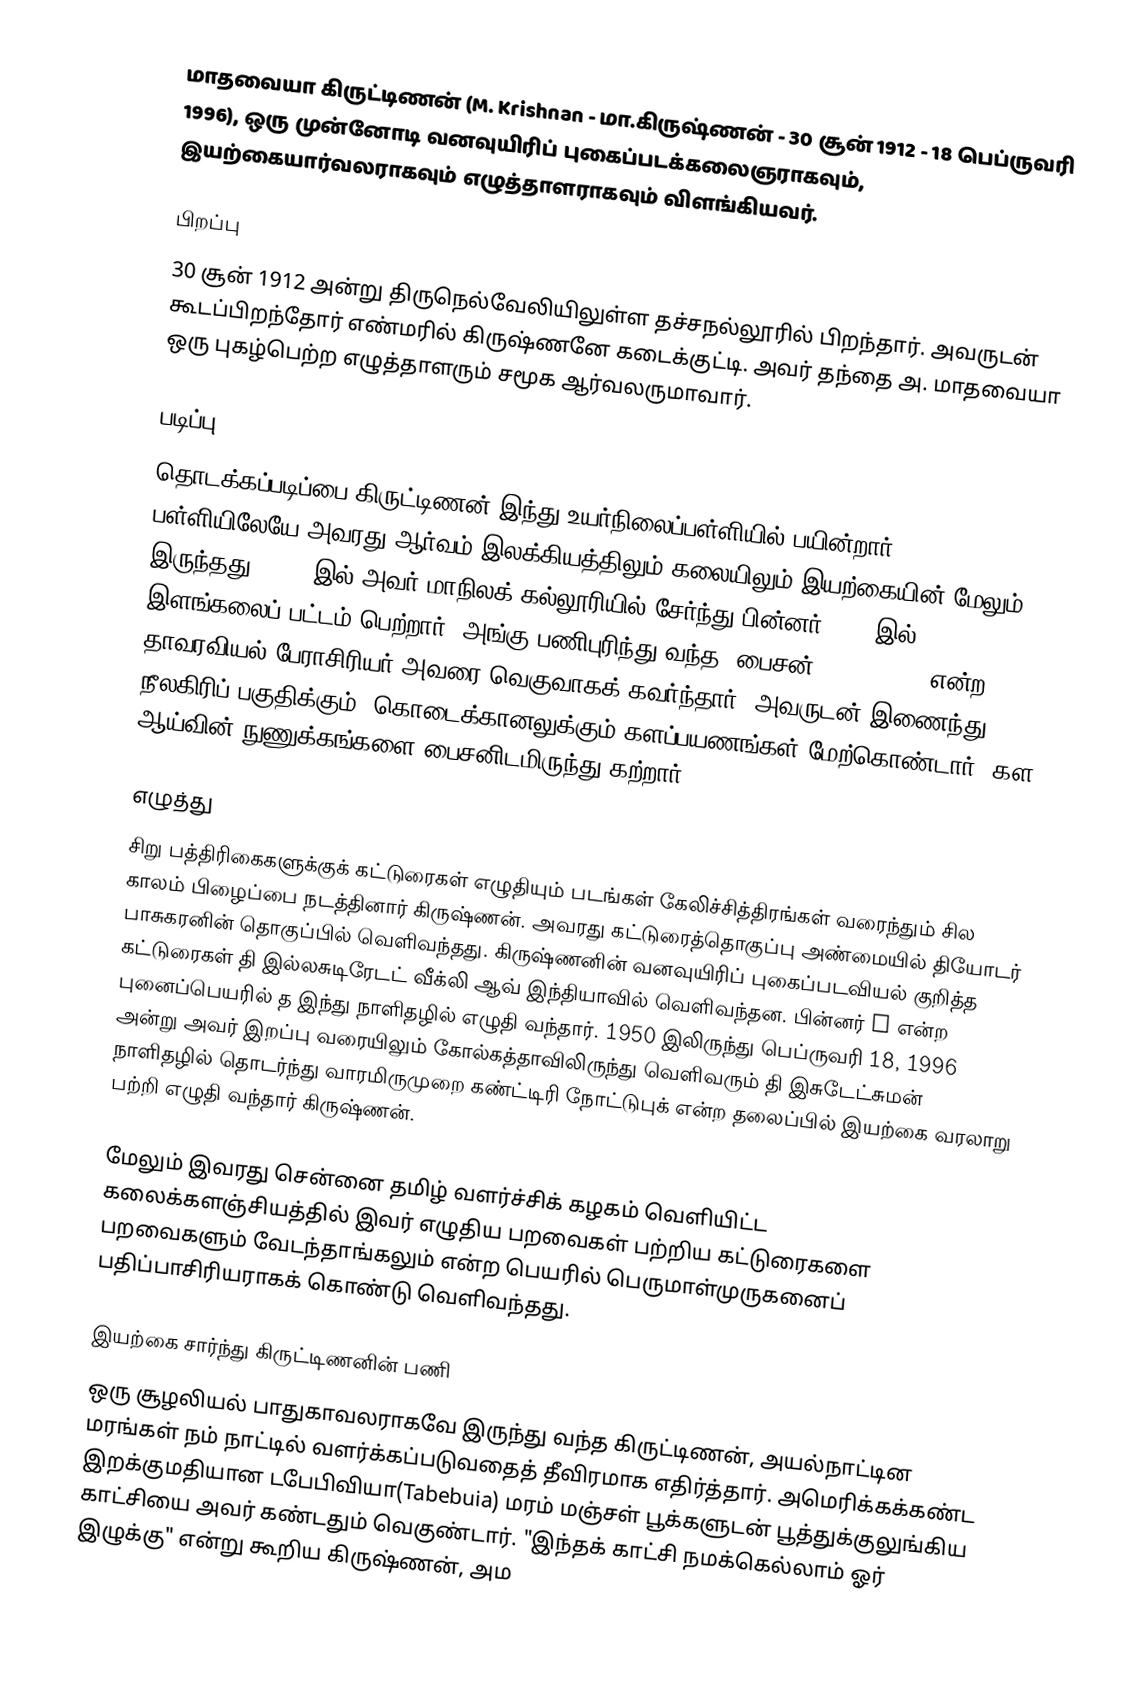
மாதவையா கிருட்டிணன் (M. Krishnan - மா.கிருஷ்ணன் - 30 சூன் 1912 - 18 பெப்ருவரி 1996), ஒரு முன்னோடி வனவுயிரிப் புகைப்படக்கலைஞராகவும், இயற்கையார்வலராகவும் எழுத்தாளராகவும் விளங்கியவர்.

பிறப்பு
30 சூன் 1912 அன்று திருநெல்வேலியிலுள்ள தச்சநல்லூரில் பிறந்தார். அவருடன் கூடப்பிறந்தோர் எண்மரில் கிருஷ்ணனே கடைக்குட்டி. அவர் தந்தை அ. மாதவையா ஒரு புகழ்பெற்ற எழுத்தாளரும் சமூக ஆர்வலருமாவார்.

படிப்பு
தொடக்கப்படிப்பை கிருட்டிணன் இந்து உயர்நிலைப்பள்ளியில் பயின்றார். பள்ளியிலேயே அவரது ஆர்வம் இலக்கியத்திலும் கலையிலும் இயற்கையின் மேலும் இருந்தது. 1927 இல் அவர் மாநிலக் கல்லூரியில் சேர்ந்து பின்னர் 1931 இல் இளங்கலைப் பட்டம் பெற்றார். அங்கு பணிபுரிந்து வந்த "பைசன்" (P.F.Fyson)என்ற தாவரவியல் பேராசிரியர் அவரை வெகுவாகக் கவர்ந்தார். அவருடன் இணைந்து நீலகிரிப் பகுதிக்கும், கொடைக்கானலுக்கும் களப்பயணங்கள் மேற்கொண்டார். கள ஆய்வின் நுணுக்கங்களை பைசனிடமிருந்து கற்றார்.

எழுத்து
சிறு பத்திரிகைகளுக்குக் கட்டுரைகள் எழுதியும் படங்கள் கேலிச்சித்திரங்கள் வரைந்தும் சில காலம் பிழைப்பை நடத்தினார் கிருஷ்ணன். அவரது கட்டுரைத்தொகுப்பு அண்மையில் தியோடர் பாசுகரனின் தொகுப்பில் வெளிவந்தது. கிருஷ்ணனின் வனவுயிரிப் புகைப்படவியல் குறித்த கட்டுரைகள் தி இல்லசுடிரேடட் வீக்லி ஆவ் இந்தியாவில் வெளிவந்தன. பின்னர் Z என்ற புனைப்பெயரில் த இந்து நாளிதழில் எழுதி வந்தார். 1950 இலிருந்து பெப்ருவரி 18, 1996 அன்று அவர் இறப்பு வரையிலும் கோல்கத்தாவிலிருந்து வெளிவரும் தி இசுடேட்சுமன் நாளிதழில் தொடர்ந்து வாரமிருமுறை கண்ட்டிரி நோட்டுபுக் என்ற தலைப்பில் இயற்கை வரலாறு பற்றி எழுதி வந்தார் கிருஷ்ணன்.

மேலும் இவரது சென்னை தமிழ் வளர்ச்சிக் கழகம் வெளியிட்ட கலைக்களஞ்சியத்தில் இவர் எழுதிய பறவைகள் பற்றிய கட்டுரைகளை பறவைகளும் வேடந்தாங்கலும் என்ற பெயரில் பெருமாள்முருகனைப் பதிப்பாசிரியராகக் கொண்டு வெளிவந்தது.

இயற்கை சார்ந்து கிருட்டிணனின் பணி
ஒரு சூழலியல் பாதுகாவலராகவே இருந்து வந்த கிருட்டிணன், அயல்நாட்டின மரங்கள் நம் நாட்டில் வளர்க்கப்படுவதைத் தீவிரமாக எதிர்த்தார். அமெரிக்கக்கண்ட இறக்குமதியான டபேபிவியா(Tabebuia) மரம் மஞ்சள் பூக்களுடன் பூத்துக்குலுங்கிய காட்சியை அவர் கண்டதும் வெகுண்டார். "இந்தக் காட்சி நமக்கெல்லாம் ஓர் இழுக்கு" என்று கூறிய கிருஷ்ணன், அம